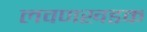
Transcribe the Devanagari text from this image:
लवणखडक